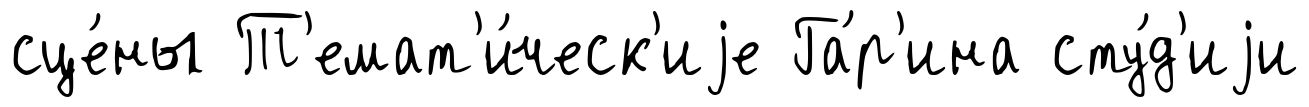
сце́ны Т'емат'и́ческ'иjе Га́р'ина сту́д'иjи